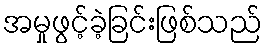
အမှုဖွင့်ခဲ့ခြင်းဖြစ်သည်